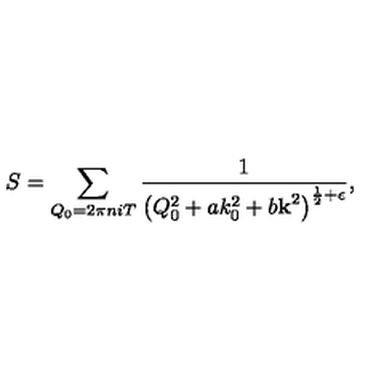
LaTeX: S = \sum _ { Q _ { 0 } = 2 \pi n i T } \frac { 1 } { \left( Q _ { 0 } ^ { 2 } + a k _ { 0 } ^ { 2 } + b { \bf k } ^ { 2 } \right) ^ { \frac 1 2 + \epsilon } } ,